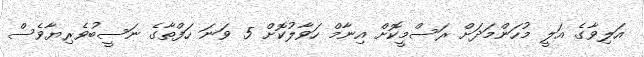
އަލިވާގެ އަލީ މުހަންމަދަށް ރަސްމީކޮށް އިނާމް ހަވާލުކޮށް 5 ވަނަ ހަފްތާގެ ނަސީބުވެރިޔާވެސް